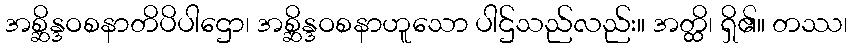
အစ္ဆိန္ဒဝစနာတိပိပါဌော၊ အစ္ဆိန္ဒဝစနာဟူသော ပါဌ်သည်လည်း။ အတ္ထိ၊ ရှိ၏။ တဿ၊